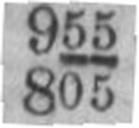
805